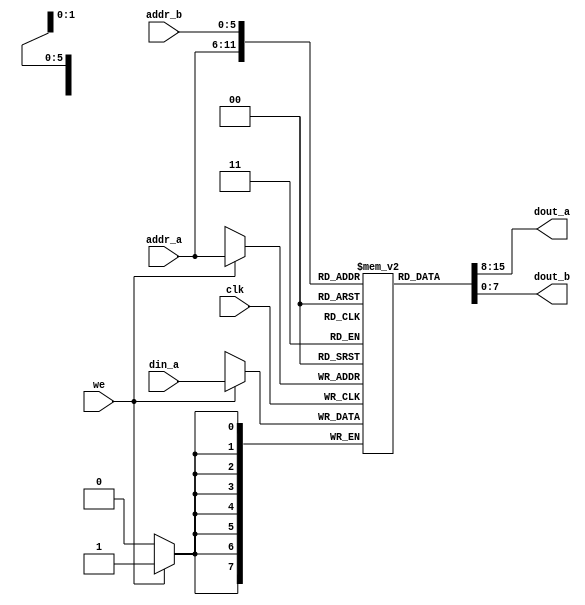
// Listing 12.3
// Dual-port RAM with asynchronous read
// Modified from XST 8.1i v_rams_09

module xilinx_dual_port_ram_async
   #(
     parameter ADDR_WIDTH = 6,
               DATA_WIDTH = 8
   )
   (
    input wire clk,
    input wire we,
    input wire [ADDR_WIDTH-1:0] addr_a, addr_b,
    input wire [DATA_WIDTH-1:0] din_a,
    output wire [DATA_WIDTH-1:0] dout_a, dout_b
   );

   // signal declaration
   reg [DATA_WIDTH-1:0] ram [2**ADDR_WIDTH-1:0];

   // body
   always @(posedge clk)
      if (we)  // write operation
         ram[addr_a] <= din_a;
   // two read operations
   assign dout_a = ram[addr_a];
   assign dout_b = ram[addr_b];

endmodule